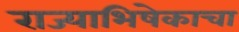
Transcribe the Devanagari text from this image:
राज्याभिषेकाचा